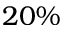
2 0 \%